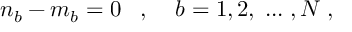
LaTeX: n _ { b } - m _ { b } = 0 \; \; \; , \; \; \; \; b = 1 , 2 , \; . . . \; , N \; ,